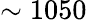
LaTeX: \sim 1050